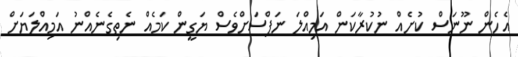
އެހެން ނޫނަސް ކުށެއް ނުކުރާކަން އަމިއްލަ ނަޕްސަށްވެސް ޔަގީން ކަމެއް ނެތިގެނެއްނު އަމިއްލަޔަށް